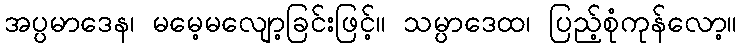
အပ္ပမာဒေန၊ မမေ့မလျော့ခြင်းဖြင့်။ သမ္ပာဒေထ၊ ပြည့်စုံကုန်လော့။